Civil Veterinary Department. United Provinces 1923-31 - 1923-1931
Year: 1923
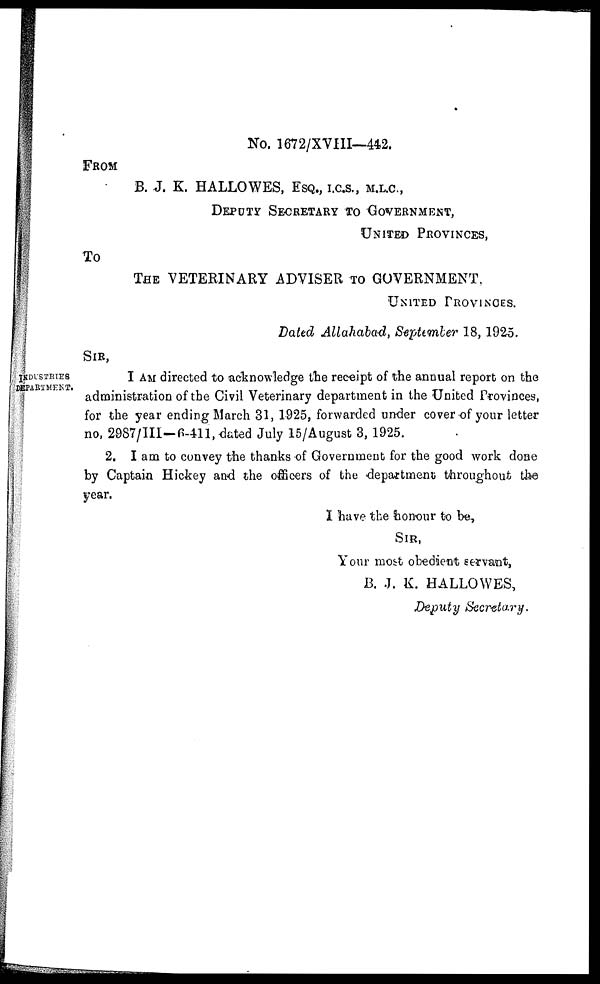
No. 1672/XVIII—442.
FROM
B. J. K. HALLOWES, ESQ., I.C.S., M.L.C.,
DEPUTY SECRETARY TO GOVERNMENT,
UNITED PROVINCES,
To
THE VETERINARY ADVISER TO GOVERNMENT,
UNITED PROVINCES.
Dated Allahabad, September 18, 1925.
SIR,
INDUSTRIES
DEPARTMENT.
I AM directed to acknowledge the receipt of the annual report on the
administration of the Civil Veterinary department in the United Provinces,
for the year ending March 31, 1925, forwarded under cover of your letter
no, 2987/III—6-411, dated July 15/August 3, 1925.
2. I am to convey the thanks of Government for the good work done
by Captain Hickey and the officers of the department throughout the
year.
I have the honour to be,
SIR,
Your most obedient servant,
B. J. K. HALLOWES,
Deputy Secretary.